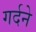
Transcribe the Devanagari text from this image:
गर्दने